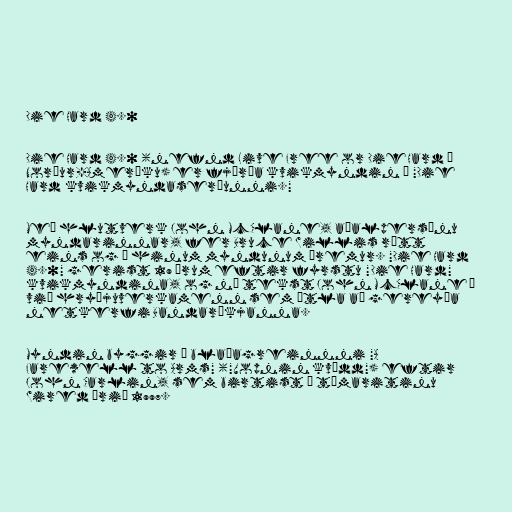
Die Hard 4.0

Die Hard 4.0 (nefnd Live Free or Die Hard í
Norður-Ameríku) er fjórða kvikmyndin í "Die
Hard kvikmyndaseríunni."

Með hlutverk John McClane, aðalpersónu
myndarinnar, fer Bruce Willis rétt
eins og í hinum myndunum þremur. "Die Hard
4.0" gerist 19 árum eftir fyrstu "Die Hard"
kvikmyndina, og nú tekst John McClane á
við hryðjuverkamenn sem ætla að gereyða
netkerfi Bandaríkjanna.

Myndin byggir á blaðagreinnni "A
Farewell to Arms" ("Vopnin kvödd") eftir
John Carlin, sem birtist í tímaritinu
Wired árið 1997.